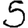
Digit: 5